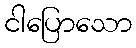
ငါပြောသော